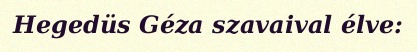
Hegedüs Géza szavaival élve: